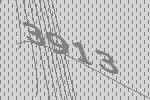
3913